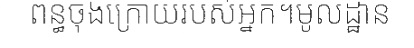
ពន្ធចុងក្រោយរបស់អ្នក។មូលដ្ឋាន